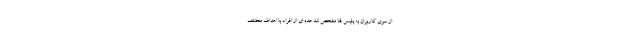
از سوی کاربران به پلیس فتا مشخص شد عده ای از افراد با اهداف مختلف